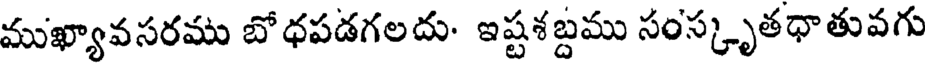
ముఖ్యావసరము బోధపడగలదు- ఇష్టశబ్దము సంస్కృతధాతువగు